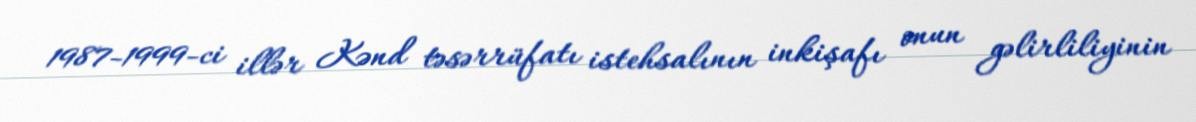
1987-1999-ci illər Kənd təsərrüfatı istehsalının inkişafı onun gəlirliliyinin